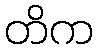
တိက